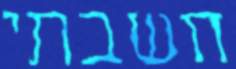
חשבתי